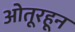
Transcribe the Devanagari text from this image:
ओतूरहून